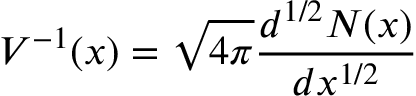
V ^ { - 1 } ( x ) = { \sqrt { 4 \pi } } { \frac { d ^ { 1 / 2 } N ( x ) } { d x ^ { 1 / 2 } } }